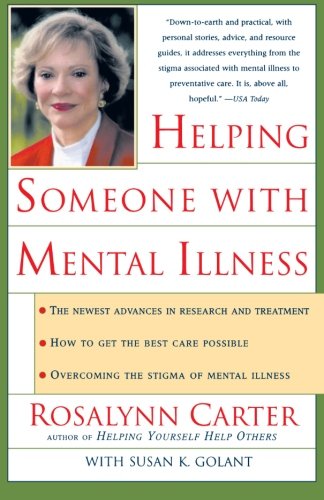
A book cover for Helping Someone with Mental Illness: A Compassionate Guide for Family, Friends, and Caregivers; Rosalynn Carter; Law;